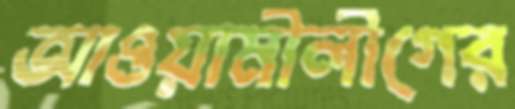
আওয়ামীলীগের